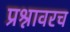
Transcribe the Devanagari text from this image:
प्रश्नावरच